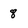
Character: 8